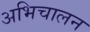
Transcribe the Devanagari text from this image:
अभिचालन